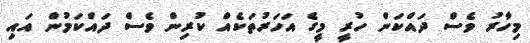
މިހާރު ވެސް ދައްކަން ހުރީ މީގެ އަހަރުތަކެއް ކުރިން ވެސް ދައްކަމުން އައި